Indian Medical Review
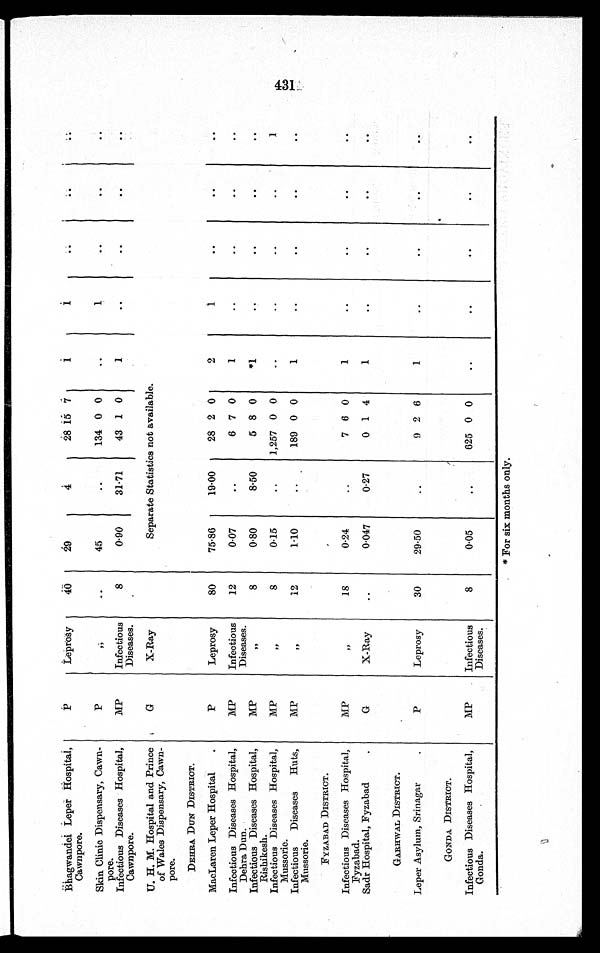
Bhagwandei Leper Hospital,
Cawnpore.
P
Leprosy
4 0
29
4
28 15 7
1
1
..
. .
. .
Skin Clinic Dispensary, Cawn-
pore.
P
,,
. .
4 5
..
134 0 0
..
1
. .
. .
. .
Infectious Diseases Hospital,
Cawnpore.
MP
Infectious
Diseases.
8
.
0.90
31.71
43 1 0
1
..
..
. .
. .
U. H. M. Hospital and Prince
of Wales Dispensary, Cawn-
pore.
G
X-Ray
Separate Statistics not available.
DEHRA DUN DISTRICT.
MacLaren Leper Hospital
.
P
Leprosy
80
75.86
19.00
28 2 0
2
1
..
..
. .
Infectious Diseases Hospital,
Dehra Dun.
MP
Infectious
Diseases.
12
0.07
..
6 7 0
1
..
..
..
. .
Infectious Diseases Hospital,
Rishikesh.
MP
"
8
0.80
8.50
5 8 0
*1
..
..
. .
. .
Infectious Diseases Hospital,
Mussorie.
M
"
8
0.15
..
1,257 0 0
..
..
..
..
1
Infectious Diseases Huts,
Mussorie.
MP
"
12
1.10
. . 189 0 0
1
. .
. .
. .
. .
FYZABAD DISTRICT.
Infectious Diseases Hospital,
Fyzabad.
M P
"
18
0.24
..
7 6 0
1
. .
. .
. .
. .
Sadr Hospital, Fyzabad .
G
X-Ray
..
0.047
0.27
0 1 4
1
..
..
..
. .
GARHWAL DISTRICT.
Leper Asylum, Srinagar .
P
Leprosy
30
29.50
..
9 2 6
1
..
..
. .
. .
GONDA DISTRICT.
Infectious Diseases Hospital,
Gonda.
MP
Infectious
Diseases.
8
0.05
..
625 0 0
..
..
..
..
..
4 3 1 * F o r s i x m o n t h s o n l y .